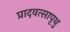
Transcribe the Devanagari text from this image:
प्रादवत्सापृथु